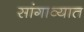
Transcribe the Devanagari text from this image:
सांगाव्यात